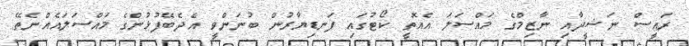
ރައީސް ނަޝީދާއި ނާޒިމްގެ މައްސަލަ އެއޮތީ ކޯޓުގައި ފަނޑިޔާރުން ބުނަންވީ އެދެބޭފުޅުންގެ މައްސަލައެއްނެތޭ